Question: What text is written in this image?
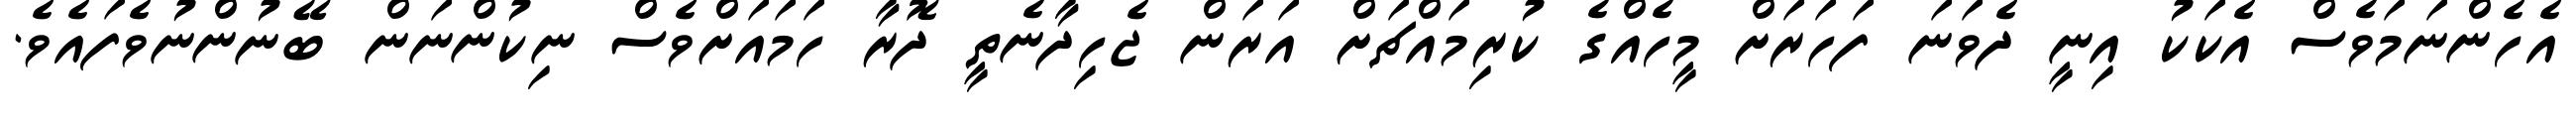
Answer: އެހެންނަމަވެސް އެކަކު އިނީ ދެވަނަ ފަހަރަށް މީހެއްގެ ކުރިމައްޗަށް އަރަން ޖެހިދާނެތީ ދޮރާ ހަމައަށްވެސް ނިކުންނަން ބޭނުންނުވެފައެވެ.